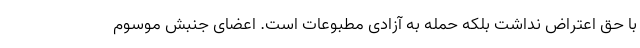
با حق اعتراض نداشت بلکه حمله به آزادی مطبوعات است. اعضای جنبش موسوم